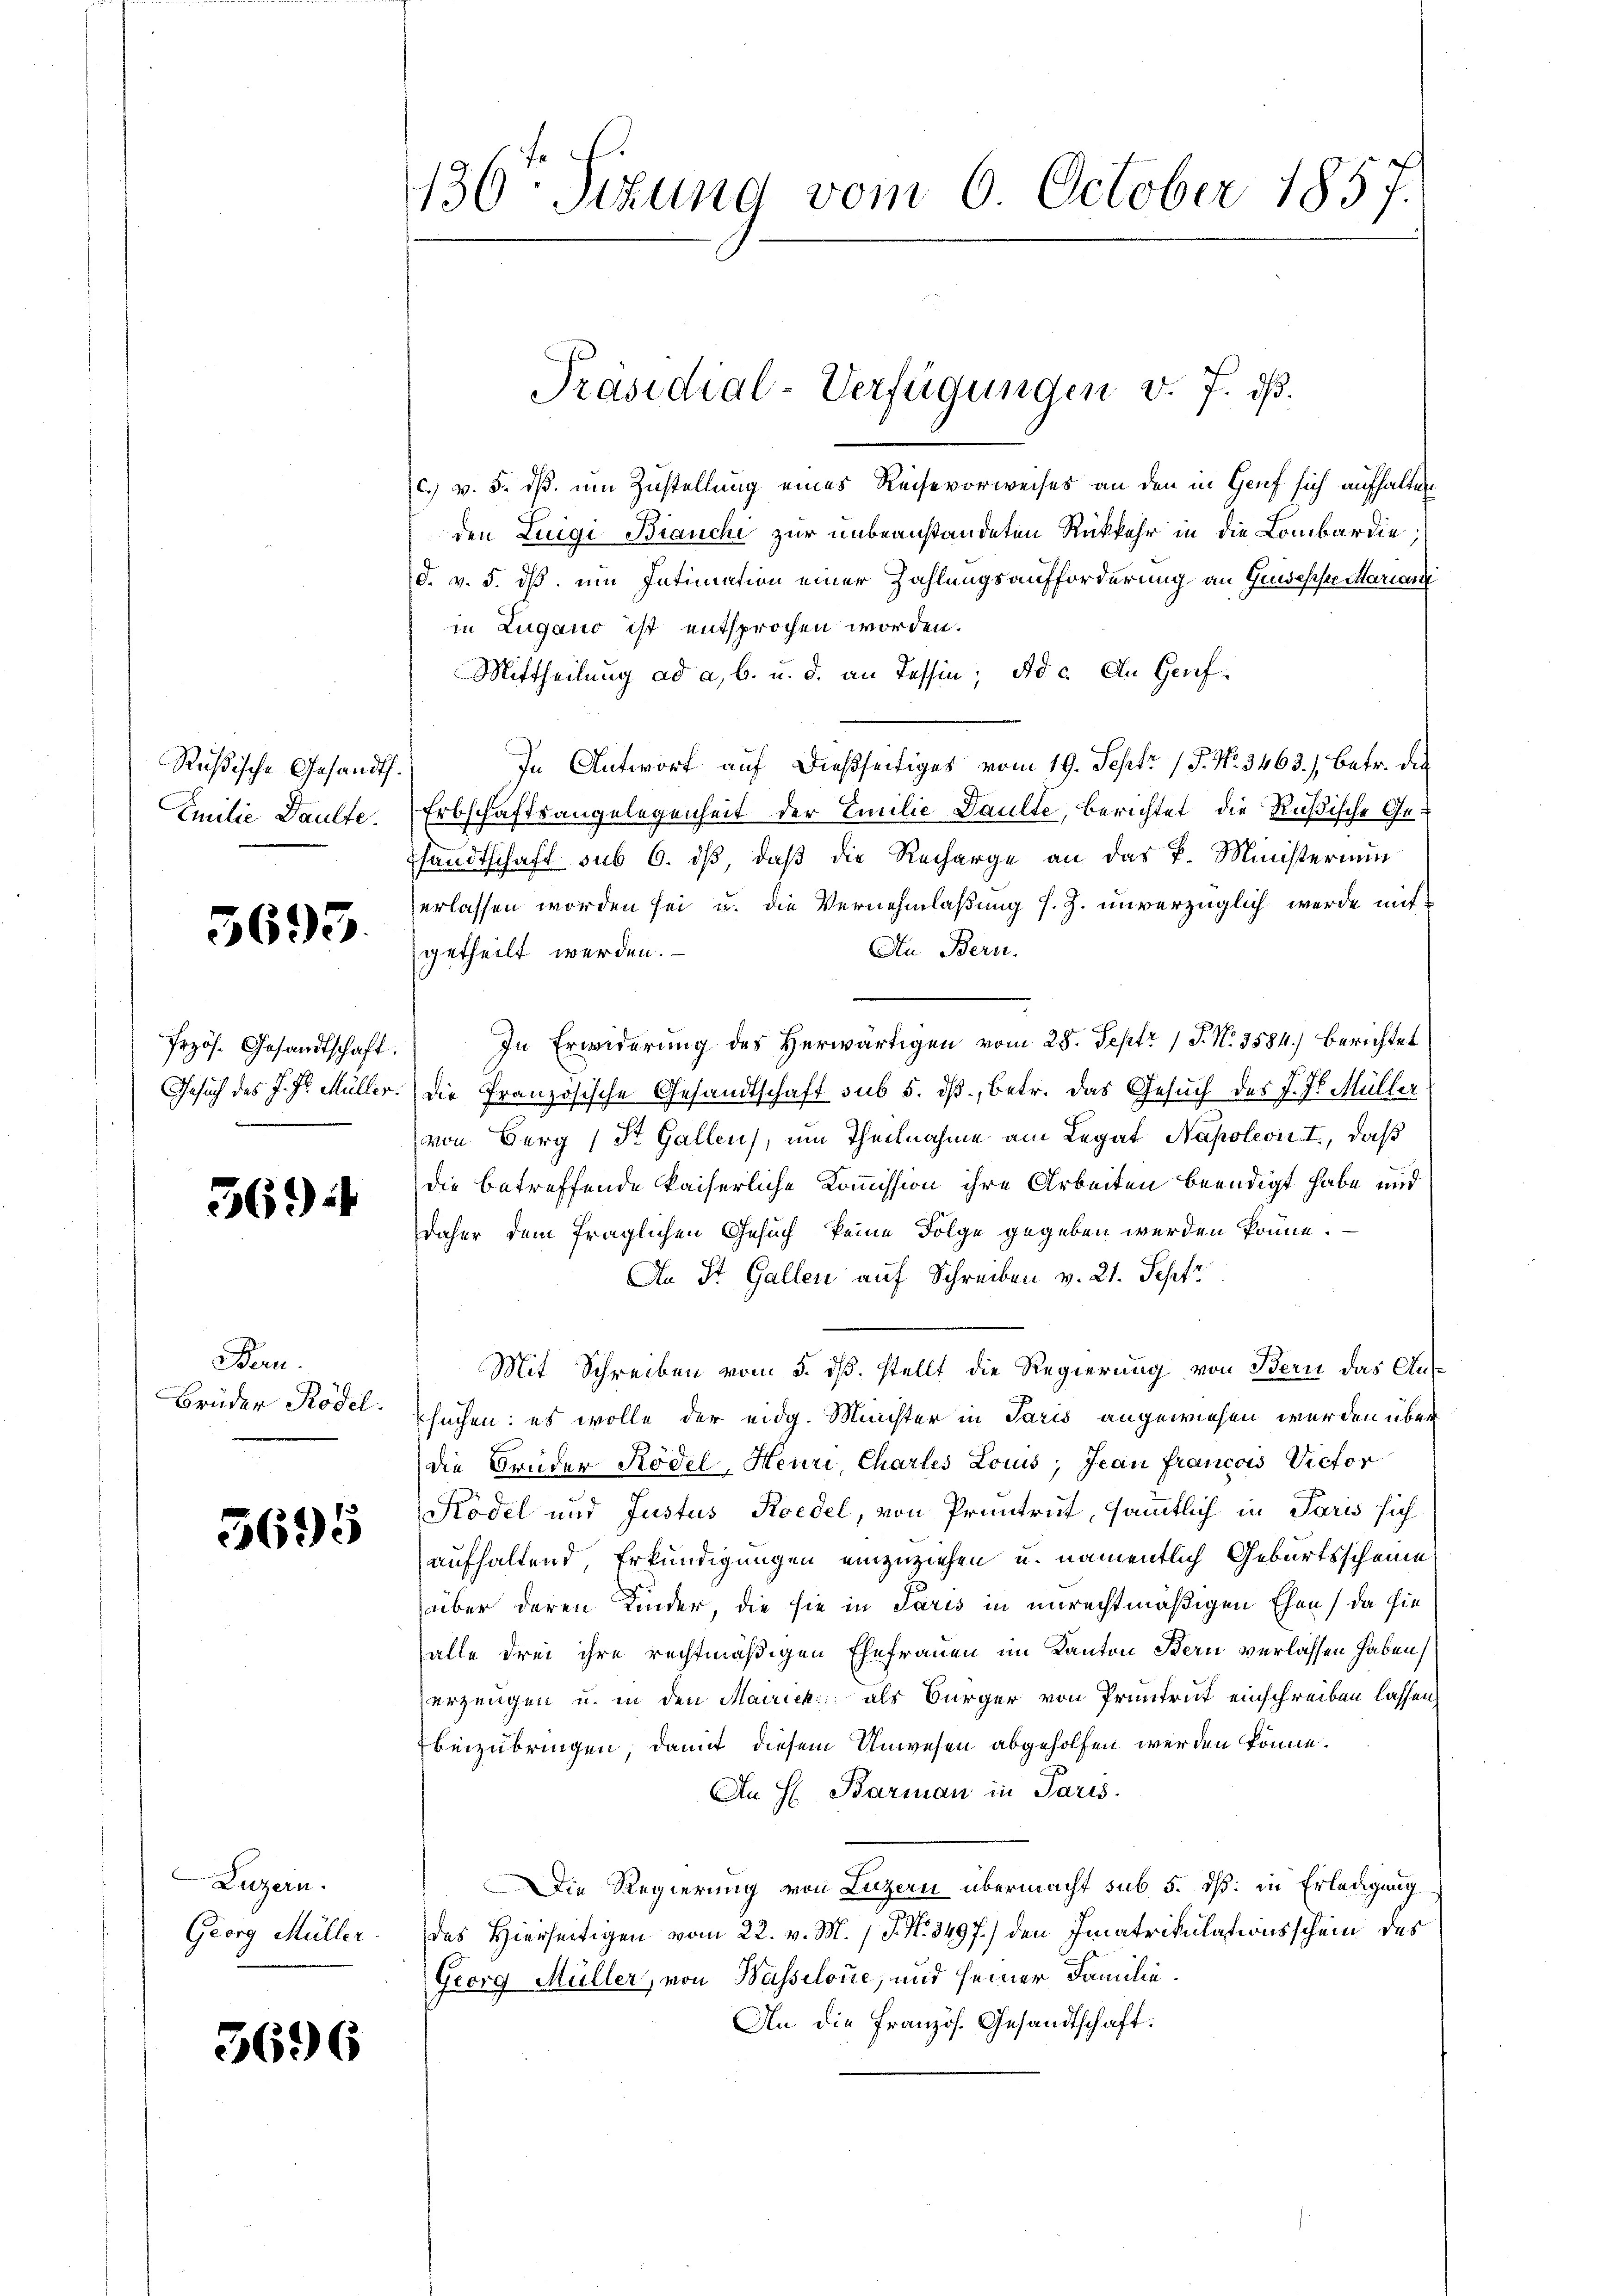
Rußische Gesandts.
Emilie Daulte.

5695.

Erzös. Gesandtschaft:
Gesuch des J. J. Müller.

56.)

Bern.
Brüder Rödel.

3695

Luzern.
Georg Müller

3696

136: Sizung vom 6. October 1857.

c. v. 5. dß. um Zustellung eines Reise vorweises an den in Genf sich aufhalten
den Luigi Bianchi zur unbeanstandeten Rückkehr in die Lombardie
d. v. 5. ds. um Intimation einer Zahlungsaufforderung an Giusepfe Mariani
in Zugano ist entsprochen worden.
Mittheilung ad a, b. u. d. an Tessin; ad c. An Genf¬
In Antwort auf dießseitiges vom 19. Sept 17. No. 3463.) Betr. die
Erbschäftsangelegenheit der Emilie Paulte, berichtet, die Rußische Gesandtschaft sub 6. dß, daß die Recharge an das P. Ministerium
erlassen worden sei u. die Vernehmlaßung s. Z. unverzüglich werde mit
An Bern.
getheilt werden.
In Erwiderung des Herwärtigen vom 28. Septr 1 S. N. 3584) berichtet
die Französische Gesandtschaft sub 5. dß, betr. das Gesuch des J. J. Müller
von Berg (St. Gallen, um Theilnahme am Legat Napoleon I., daß
die betreffende kaiserliche Kommission ihre Arbeiten beendigt habe und
daher dem fraglichen Gesuch keine Folge gegeben werden könne.
An St. Gallen auf Schreiben v. 21. Septr
Mit Schreiben vom 5. dß. stellt die Regierung von Bern das Aus
suchen; es wolle der eidg. Minister in Paris angewiesen werden über
die Brüder Rödel, Heuri, Chartes Louis; Jean Francois Victor
Ködel und Justus Roedel, von Pruntrut, sämmtlich in Paris sich
aufhaltend, Erkundigungen einzuziehen u. namentlich Geburtsscheine
über deren Kinder, die sie in Paris in unrechtmäßigen Ehen, da hie
alle drei ihre rechtmäßigen Ehefrauen im Kanton Bern verlassen haben,
erzeugen u. in den Mairick als Bürger von Pruntrut einschreiben lassen,
beizubringen, damit diesem Unwesen abgeholfen werden könne.
An H. Barman in Paris.
Die Regierung von Luzern übermacht sub 5. dß: in Erledigung
des Hierseitigen vom 22. v. M. 1. J. N. 3497.) den Imatrikulationsschein des
Georg Müller, von Wasselone, und seiner Familie.
An die Französ. Gesandtschaft:

Präsidial-Verfügungen v. 7. d.